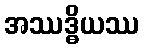
အဿဒ္ဓိယဿ